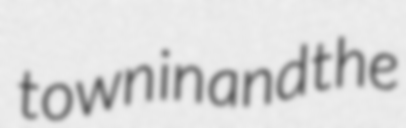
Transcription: town in and the